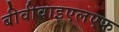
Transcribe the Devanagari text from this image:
बीवीवाइएलएफ